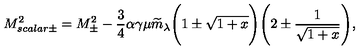
M _ { s c a l a r \pm } ^ { 2 } = M _ { \pm } ^ { 2 } - { \frac { 3 } { 4 } } \alpha \gamma \mu \widetilde { m } _ { \lambda } \Bigg ( 1 \pm \sqrt { 1 + x } \Bigg ) \Bigg ( 2 \pm { \frac { 1 } { \sqrt { 1 + x } } } \Bigg ) ,